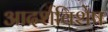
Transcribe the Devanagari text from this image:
आदर्शविशेष